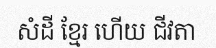
សំដី ខ្មែរ ហើយ ជីវតា